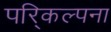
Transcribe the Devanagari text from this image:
परि्कल्पना